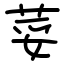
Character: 荽